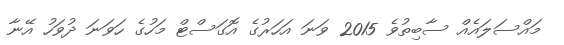
މައްސަލައެއް ސާބިތުވެ 2015 ވަނަ އަހަރުގެ އޮގަސްޓް މަހުގެ ހަވަނަ ދުވަހު އޭނާ